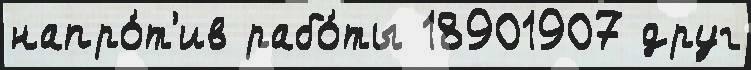
напро́т'ив рабо́ты 18901907 друг